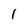
Character: l